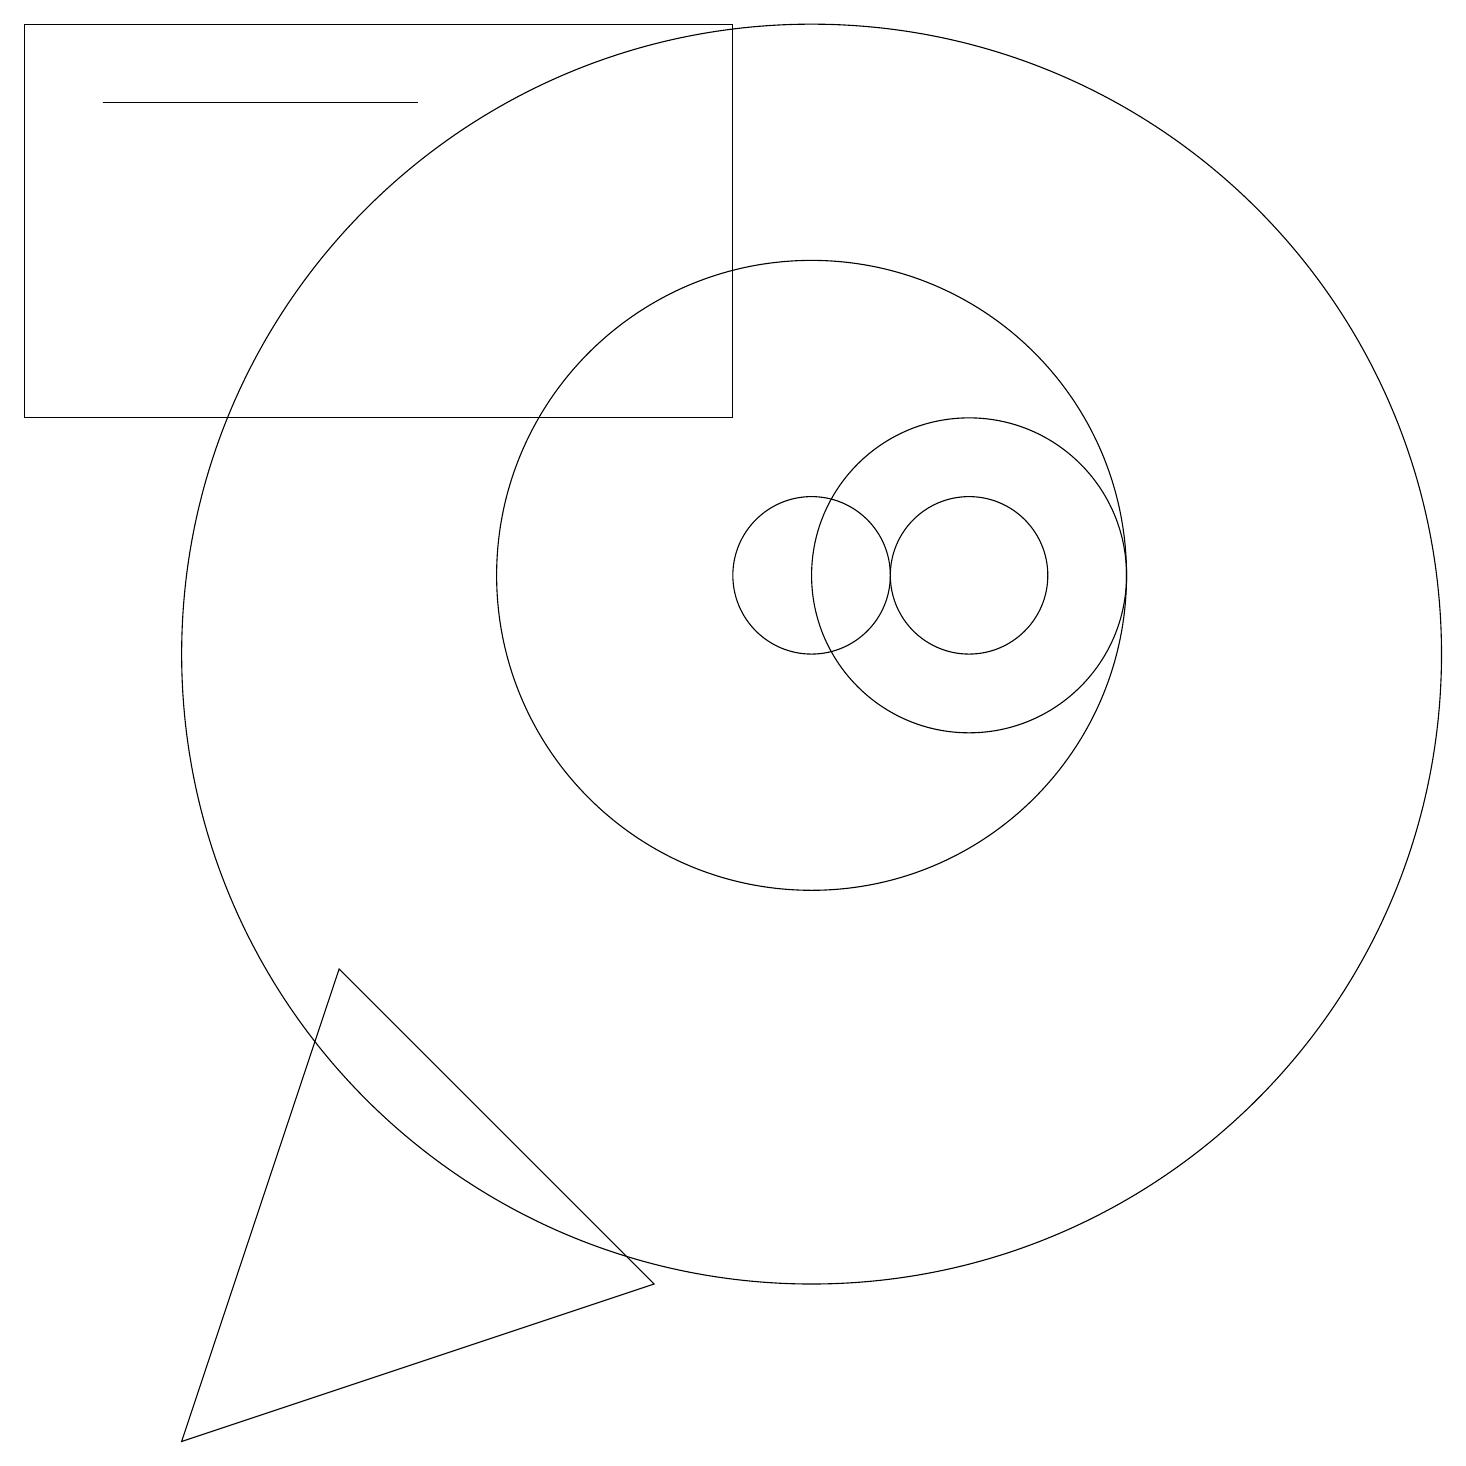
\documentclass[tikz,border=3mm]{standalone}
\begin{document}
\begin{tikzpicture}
\draw (12,11) circle (2);
\draw (5,17) rectangle (1,17);
\draw (10,11) circle (1);
\draw (12,11) circle (1);
\draw (10,11) circle (4);
\draw (10,10) circle (8);
\draw (2,0) -- (8,2) -- (4,6) -- cycle;
\draw (9,18) rectangle (0,13);
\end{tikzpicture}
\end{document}